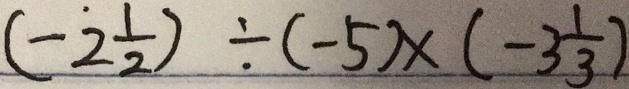
( - 2 \frac { 1 } { 2 } ) \div ( - 5 ) \times ( - 3 \frac { 1 } { 3 } )